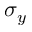
\sigma _ { y }